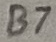
Text: B7